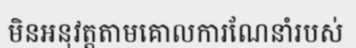
មិនអនុវត្តតាមគោលការណែនាំរបស់